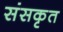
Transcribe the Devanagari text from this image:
संसकृत